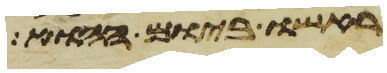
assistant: ראשו ביום ההוא